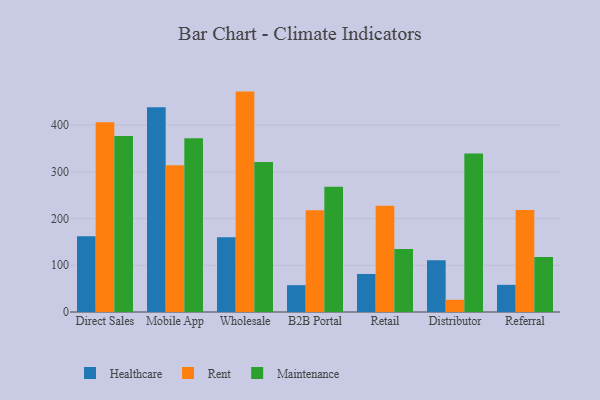
{"axis": {"x": "Channel", "y": "Churn Rate (%)"}, "legend": ["Healthcare", "Maintenance", "Rent"], "data": [{"x": "Direct Sales", "y": 162.1, "type": "Healthcare"}, {"x": "Direct Sales", "y": 406.0, "type": "Rent"}, {"x": "Direct Sales", "y": 376.5, "type": "Maintenance"}, {"x": "Mobile App", "y": 438.3, "type": "Healthcare"}, {"x": "Mobile App", "y": 313.8, "type": "Rent"}, {"x": "Mobile App", "y": 371.7, "type": "Maintenance"}, {"x": "Wholesale", "y": 160.0, "type": "Healthcare"}, {"x": "Wholesale", "y": 471.6, "type": "Rent"}, {"x": "Wholesale", "y": 320.8, "type": "Maintenance"}, {"x": "B2B Portal", "y": 57.4, "type": "Healthcare"}, {"x": "B2B Portal", "y": 217.9, "type": "Rent"}, {"x": "B2B Portal", "y": 268.1, "type": "Maintenance"}, {"x": "Retail", "y": 81.4, "type": "Healthcare"}, {"x": "Retail", "y": 227.6, "type": "Rent"}, {"x": "Retail", "y": 135.0, "type": "Maintenance"}, {"x": "Distributor", "y": 110.6, "type": "Healthcare"}, {"x": "Distributor", "y": 26.1, "type": "Rent"}, {"x": "Distributor", "y": 339.2, "type": "Maintenance"}, {"x": "Referral", "y": 58.1, "type": "Healthcare"}, {"x": "Referral", "y": 218.2, "type": "Rent"}, {"x": "Referral", "y": 117.6, "type": "Maintenance"}]}